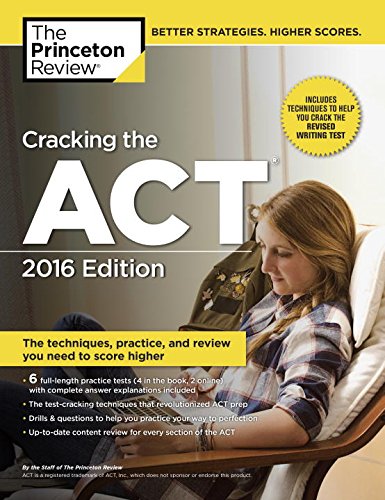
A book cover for Cracking the ACT with 6 Practice Tests, 2016 Edition (College Test Preparation); Princeton Review; Test Preparation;